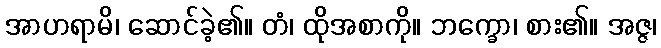
အာဟရာမိ၊ ဆောင်ခဲ့၏။ တံ၊ ထိုအစာကို။ ဘက္ခော၊ စား၏။ အဇ္ဇ၊